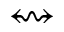
\leftrightsquigarrow